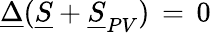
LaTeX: \underline{{\Delta}}(\underline{{S}}+\underline{{S}}_{PV})\, =\, 0